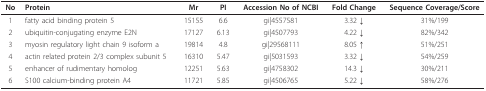
<table><thead><tr><td><b>No</b></td><td><b>Protein</b></td><td><b>Mr</b></td><td><b>PI</b></td><td><b>Accession No of NCBI</b></td><td><b>Fold Change</b></td><td><b>Sequence Coverage/Score</b></td></tr></thead><tbody><tr><td>1</td><td>fatty acid binding protein 5</td><td>15155</td><td>6.6</td><td>gi|4557581</td><td>3.32 ↓</td><td>31%/199</td></tr><tr><td>2</td><td>ubiquitin-conjugating enzyme E2N</td><td>17127</td><td>6.13</td><td>gi|4507793</td><td>4.22 ↓</td><td>82%/342</td></tr><tr><td>3</td><td>myosin regulatory light chain 9 isoform a</td><td>19814</td><td>4.8</td><td>gi|29568111</td><td>8.05 ↑</td><td>51%/251</td></tr><tr><td>4</td><td>actin related protein 2/3 complex subunit 5</td><td>16310</td><td>5.47</td><td>gi|5031593</td><td>3.32 ↓</td><td>54%/259</td></tr><tr><td>5</td><td>enhancer of rudimentary homolog</td><td>12251</td><td>5.63</td><td>gi|4758302</td><td>14.3 ↓</td><td>30%/211</td></tr><tr><td>6</td><td>S100 calcium-binding protein A4</td><td>11721</td><td>5.85</td><td>gi|4506765</td><td>5.22 ↓</td><td>58%/276</td></tr></tbody></table>